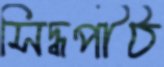
সিদ্ধপীঠ